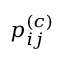
p _ { i j } ^ { ( c ) }